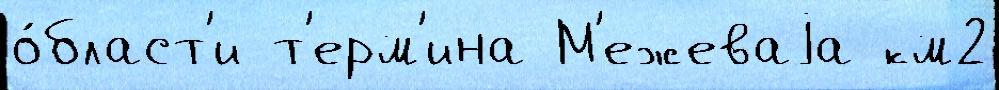
о́бласт'и т'ерм'ина М'ежеваjа км2